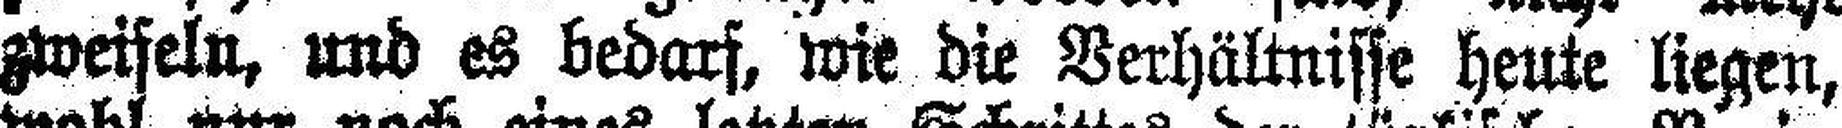
zweifeln, und es bedars, wie die Verhältnisse heute liegen,